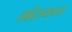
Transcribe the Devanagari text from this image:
वर्षांदरम्यानच्या